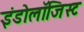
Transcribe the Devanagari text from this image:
इंडोलॉजिस्ट